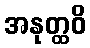
အနုတ္ထဝိ